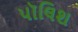
પૉલિશ